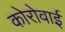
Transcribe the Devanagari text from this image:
कोरोवाई